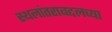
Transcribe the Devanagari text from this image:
स्थलांतराबद्दलच्या